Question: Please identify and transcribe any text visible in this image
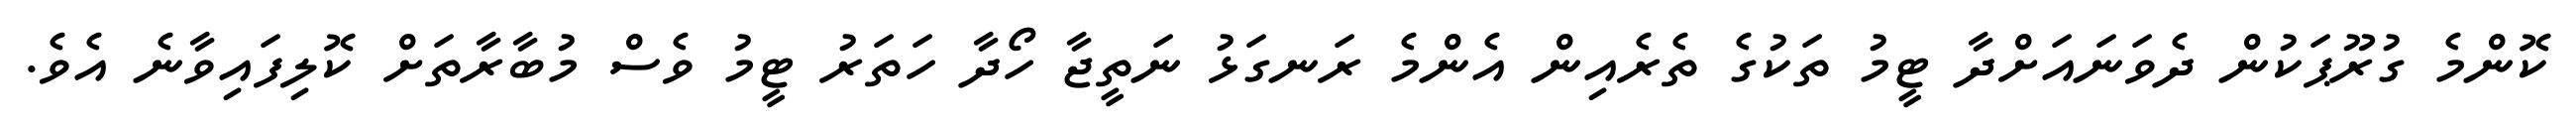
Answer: ކޮންމެ ގުރޫޕަކުން ދެވަނައަށްދާ ޓީމު ތަކުގެ ތެރެއިން އެންމެ ރަނގަޅު ނަތީޖާ ހޯދާ ހަތަރު ޓީމު ވެސް މުބާރާތަށް ކޮލިފައިވާނެ އެވެ.